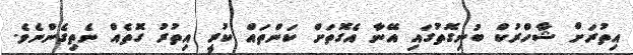
އިތުރަށް ޝާހްރުކް ބުނިގޮތުގައި އޭނާ އެގޮތަށް ކަންތައް ކުރީ އިތުރު ގޮތެއް ނެތިގެންނެވެ.